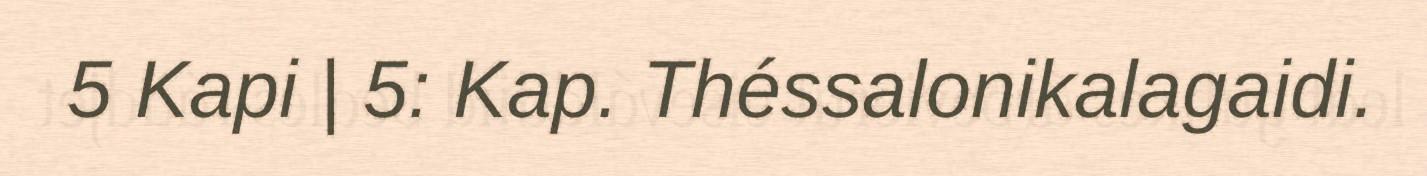
5 Kapi | 5: Kap. Théssalonikalagaidi.